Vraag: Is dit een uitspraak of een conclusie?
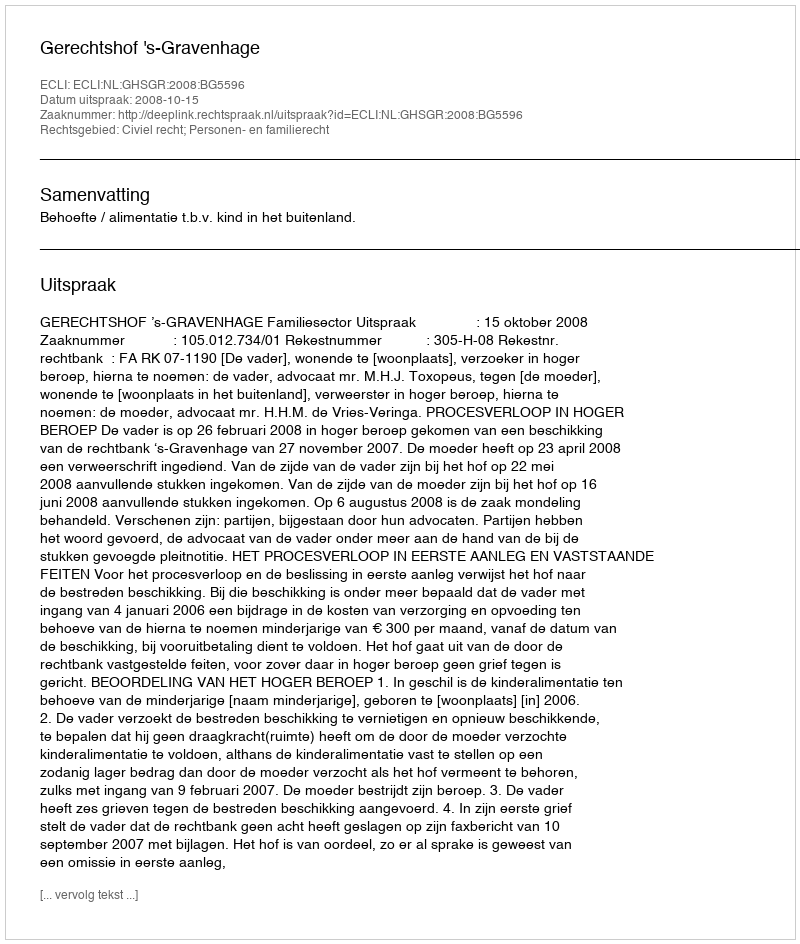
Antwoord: Uitspraak